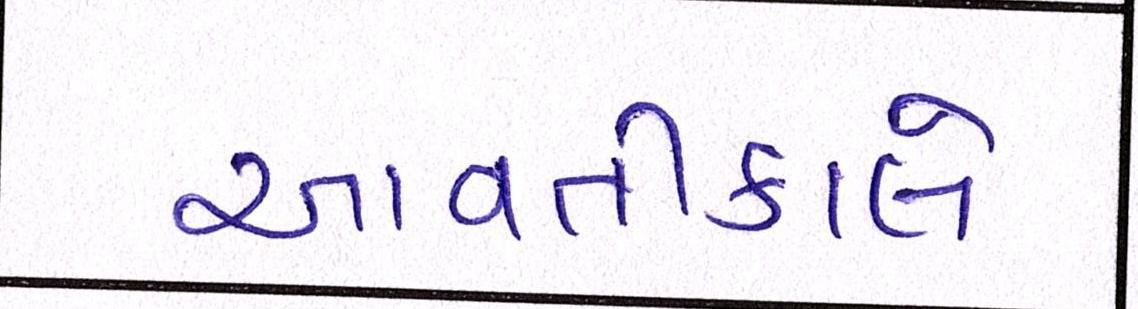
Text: આવતીકાલે